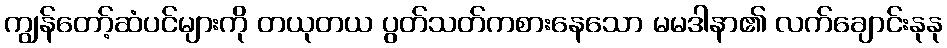
ကျွန်တော့်ဆံပင်များကို တယုတယ ပွတ်သတ်ကစားနေသော မမဒါနာ၏ လက်ချောင်းနုနု